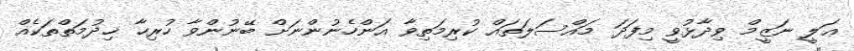
ޢަލީ ނަޒީމް ވިދާޅުވީ މިފަދަ މައްސަލަތައް ކުރިމަތިވާ އަންހެނުންނަށް ބޭނުންވާ ހުރިހާ ޚިދުމަތްތަކެއް